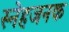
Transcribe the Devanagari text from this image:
स्नेहजनक